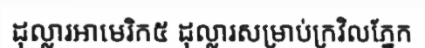
ដុល្លារអាមេរិក៥ ដុល្លារសម្រាប់ក្រវិលភ្នែក